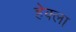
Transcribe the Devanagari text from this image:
हेक्ला